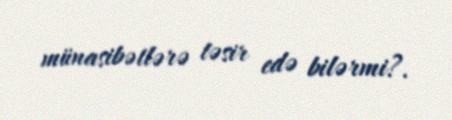
münasibətlərə təsir edə bilərmi?.